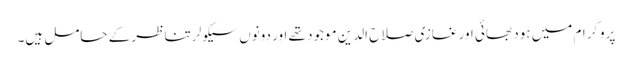
پروگرام میں ہود بھائی اور غازی صلاح الدین موجود تھے اور دونوں سیکولر تناظر کے حامل ہیں۔